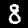
Digit: 8